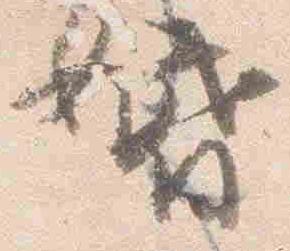
婚